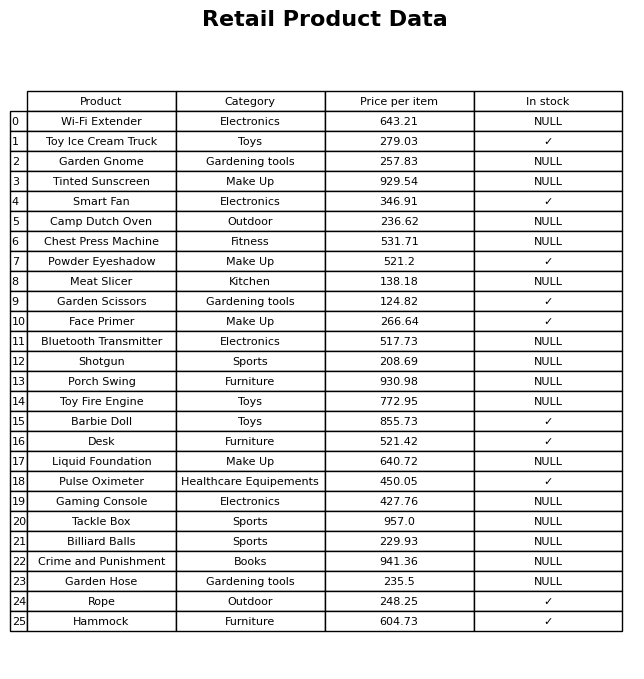
question: What is the price for Tackle Box?
answer: The price of Tackle Box is 957.0.